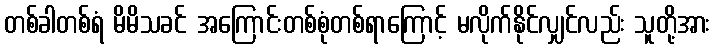
တစ်ခါတစ်ရံ မိမိသခင် အကြောင်းတစ်စုံတစ်ရာကြောင့် မလိုက်နိုင်လျှင်လည်း သူတို့အား